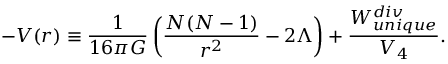
- V ( r ) \equiv { \frac { 1 } { 1 6 \pi G } } \left( { \frac { N ( N - 1 ) } { r ^ { 2 } } } - 2 \Lambda \right) + { \frac { W _ { u n i q u e } ^ { d i v } } { V _ { 4 } } } .